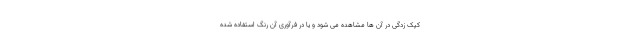
کپک زدگی در آن ها مشاهده می شود و یا در فرآوری آن رنگ استفاده شده